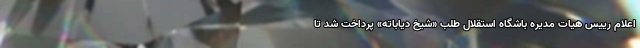
اعلام رییس هیات مدیره باشگاه استقلال طلب «شیخ دیاباته» پرداخت شد تا